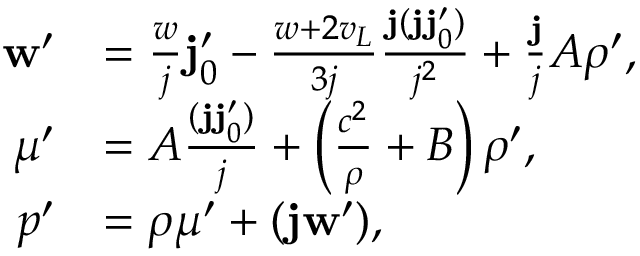
\begin{array} { r l } { \ensuremath { \mathbf { w } ^ { \prime } } } & { = \frac { w } { j } \ensuremath { \mathbf { j } _ { 0 } ^ { \prime } } - \frac { w + 2 v _ { L } } { 3 j } \frac { \ensuremath { \mathbf { j } } ( \ensuremath { \mathbf { j } } \ensuremath { \mathbf { j } _ { 0 } ^ { \prime } } ) } { j ^ { 2 } } + \frac { \ensuremath { \mathbf { j } } } { j } A \ensuremath { \rho ^ { \prime } } , } \\ { \ensuremath { \mu ^ { \prime } } } & { = A \frac { ( \ensuremath { \mathbf { j } } \ensuremath { \mathbf { j } _ { 0 } ^ { \prime } } ) } { j } + \left( \frac { c ^ { 2 } } { \rho } + B \right) \ensuremath { \rho ^ { \prime } } , } \\ { p ^ { \prime } } & { = \rho \mu ^ { \prime } + ( \ensuremath { \mathbf { j } } \ensuremath { \mathbf { w } ^ { \prime } } ) , } \end{array}